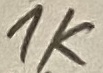
Text: 1K